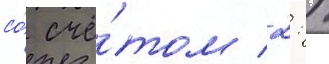
со́ счё́том 2: 1